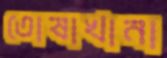
তোষাখানা